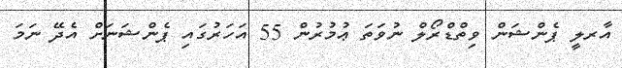
އާރލީ ޕެންޝަން ވިތްޑްރޯލް ނުވަތަ ޢުމުރުން 55 އަހަރުގައި ޕެންޝަނަށް އެދޭ ނަމަ